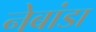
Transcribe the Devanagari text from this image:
नेबांडा